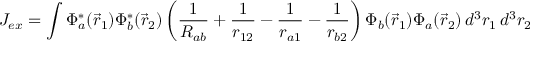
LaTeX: J _ { e x } = \int \Phi _ { a } ^ { * } ( { \vec { r } } _ { 1 } ) \Phi _ { b } ^ { * } ( { \vec { r } } _ { 2 } ) \left( { \frac { 1 } { R _ { a b } } } + { \frac { 1 } { r _ { 1 2 } } } - { \frac { 1 } { r _ { a 1 } } } - { \frac { 1 } { r _ { b 2 } } } \right) \Phi _ { b } ( { \vec { r } } _ { 1 } ) \Phi _ { a } ( { \vec { r } } _ { 2 } ) \, d ^ { 3 } r _ { 1 } \, d ^ { 3 } r _ { 2 }